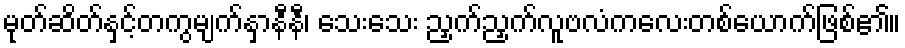
မုတ်ဆိတ်နှင့်တကွမျက်နှာနီနီ၊ သေးသေး ညှက်ညှက်လူဗလံကလေးတစ်ယောက်ဖြစ်၏။